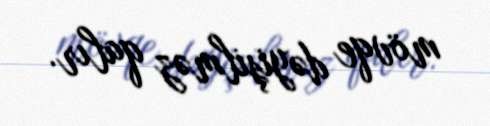
mövqe dəyişilməz qalır.